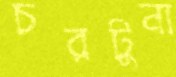
চরটুনা